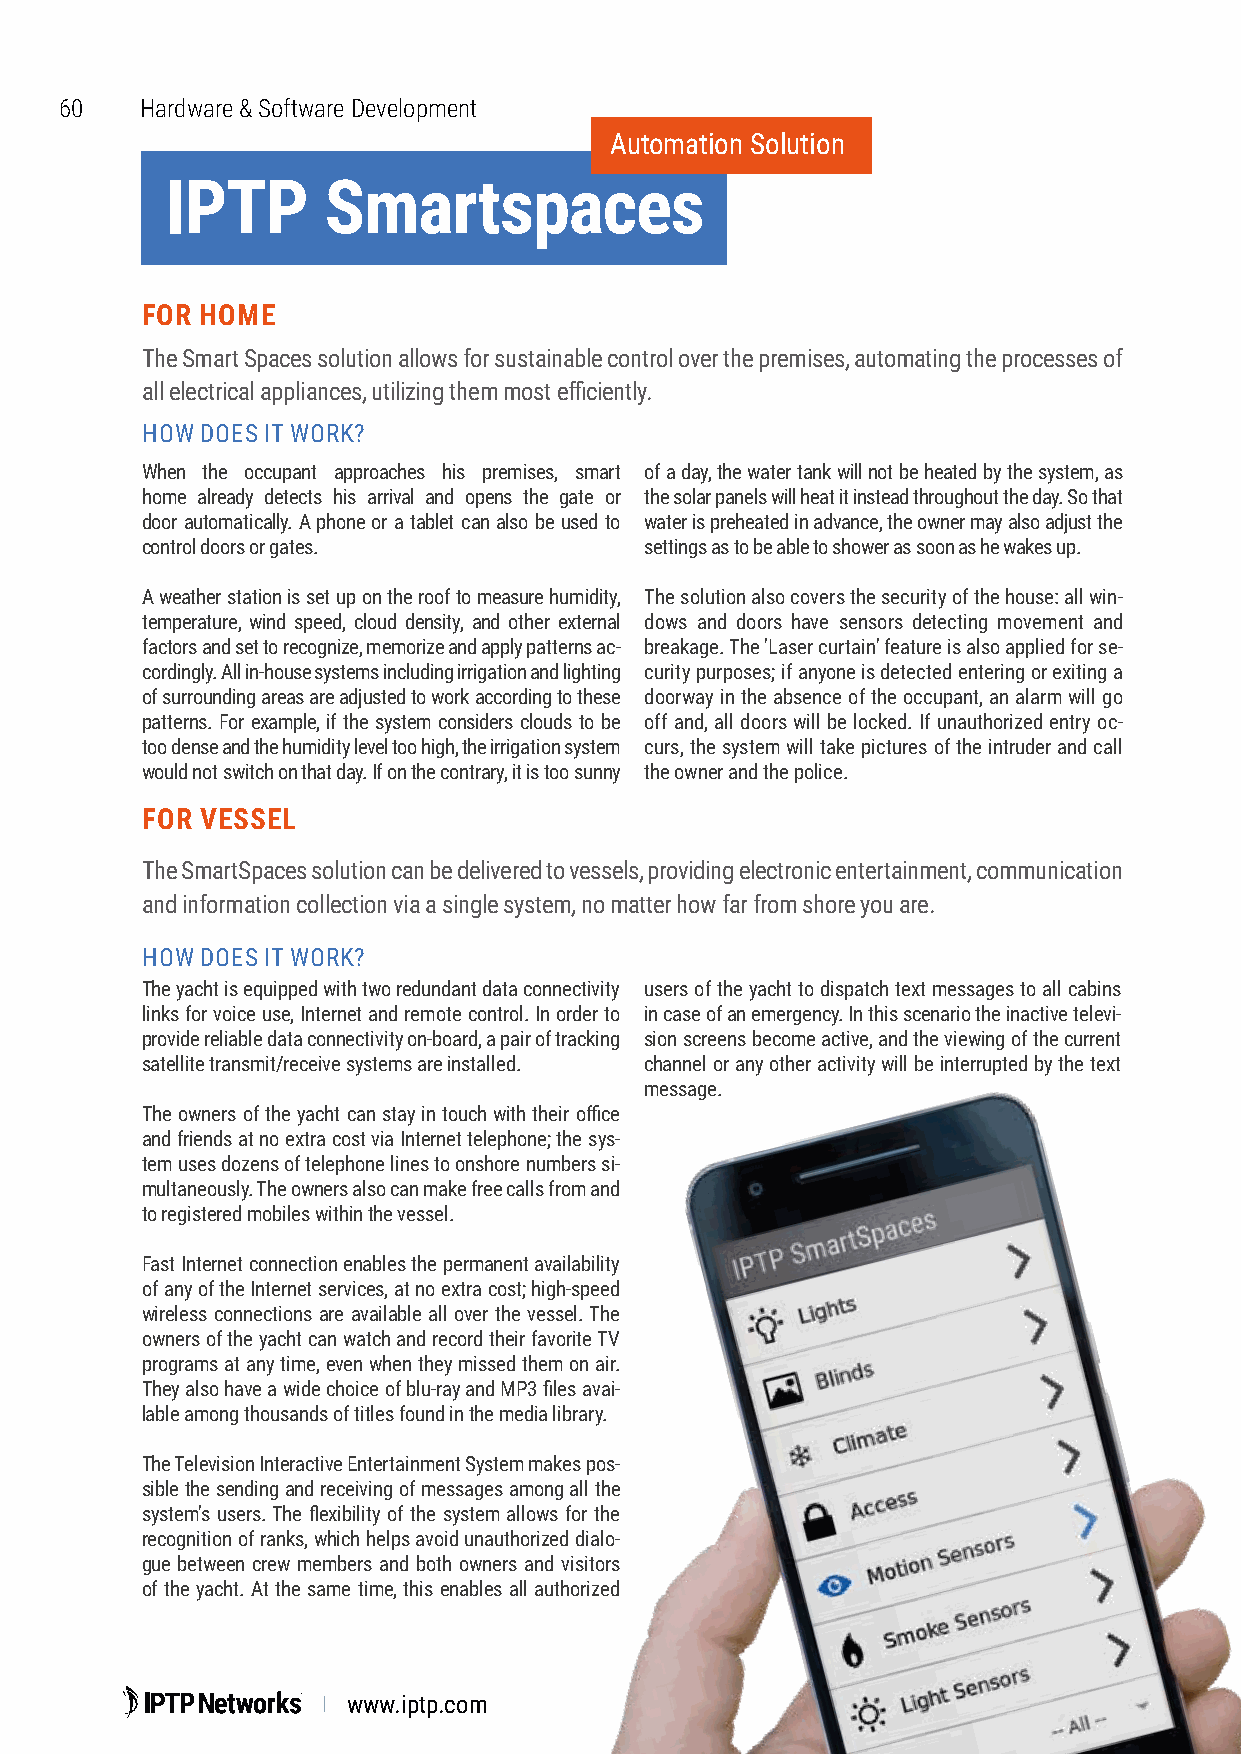
60   Hardware & Software Development
 Automation Solution
 IPTP      Smartspaces
 FOR HOME
 The Smart Spaces solution allows for sustainable control over the premises, automating the processes of
 all electrical appliances, utilizing them most efficiently.
 HOW DOES IT WORK?
 When the occupant approaches his premises, smart of a day, the water tank will not be heated by the system, as
 home already detects his arrival and opens the gate or the solar panels will heat it instead throughout the day. So that
 door automatically. A phone or a tablet can also be used to water is preheated in advance, the owner may also adjust the
 control doors or gates.           settings as to be able to shower as soon as he wakes up.
 A weather station is set up on the roof to measure humidity, The solution also covers the security of the house: all win-
 temperature, wind speed, cloud density, and other external dows and doors have sensors detecting movement and
 factors and set to recognize, memorize and apply patterns ac- breakage. The 'Laser curtain' feature is also applied for se-
 cordingly. All in-house systems including irrigation and lighting curity purposes; if anyone is detected entering or exiting a
 of surrounding areas are adjusted to work according to these doorway in the absence of the occupant, an alarm will go
 patterns. For example, if the system considers clouds to be off and, all doors will be locked. If unauthorized entry oc-
 too dense and the humidity level too high, the irrigation system curs, the system will take pictures of the intruder and call
 would not switch on that day. If on the contrary, it is too sunny the owner and the police.
 FOR VESSEL
 The SmartSpaces solution can be delivered to vessels, providing electronic entertainment, communication
 and information collection via a single system, no matter how far from shore you are.
 HOW DOES IT WORK?
 The yacht is equipped with two redundant data connectivity users of the yacht to dispatch text messages to all cabins
 links for voice use, Internet and remote control. In order to in case of an emergency. In this scenario the inactive televi-
 provide reliable data connectivity on-board, a pair of tracking sion screens become active, and the viewing of the current
 satellite transmit/receive systems are installed. channel or any other activity will be interrupted by the text
 message.
 The owners of the yacht can stay in touch with their office
 and friends at no extra cost via Internet telephone; the sys-
 tem uses dozens of telephone lines to onshore numbers si-
 multaneously. The owners also can make free calls from and
 to registered mobiles within the vessel.
 Fast Internet connection enables the permanent availability
 of any of the Internet services, at no extra cost; high-speed
 wireless connections are available all over the vessel. The
 owners of the yacht can watch and record their favorite TV
 programs at any time, even when they missed them on air.
 They also have a wide choice of blu-ray and MP3 files avai-
 lable among thousands of titles found in the media library.
 The Television Interactive Entertainment System makes pos-
 sible the sending and receiving of messages among all the
 system's users. The flexibility of the system allows for the
 recognition of ranks, which helps avoid unauthorized dialo-
 gue between crew members and both owners and visitors
 of the yacht. At the same time, this enables all authorized
 www.iptp.com